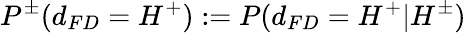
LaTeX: P^{\pm}(d_{FD}=H^{+}):=P(d_{FD}=H^{+}|H^{\pm})